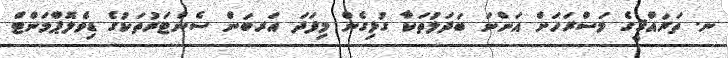
ނ. ތަރައްޤީގެ މަސްރަހަށް އަންނަ ބަދަލުތަކާ ގުޅިގެން މިފަދަ އަރބަން ސެންޓަރުތަކުގެ ޑިވެލޮޕްމަންޓް